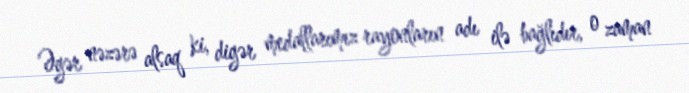
Əgər nəzərə alsaq ki, digər medallarımız rayonların adı ilə bağlıdır, o zaman